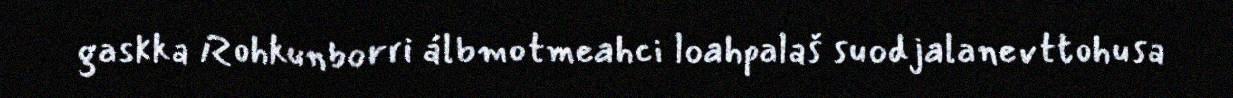
gaskka Rohkunborri álbmotmeahci loahpalaš suodjalanevttohusa